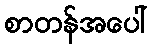
စာတန်အပေါ်